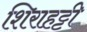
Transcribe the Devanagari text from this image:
शिराहट्टी